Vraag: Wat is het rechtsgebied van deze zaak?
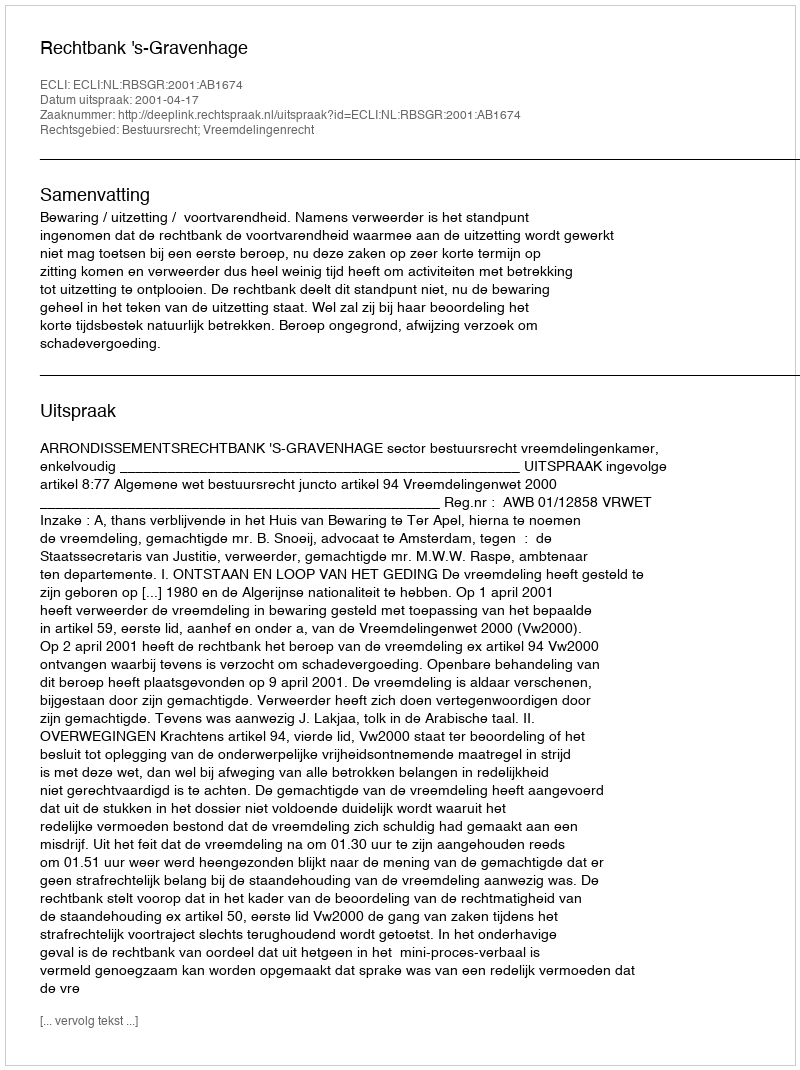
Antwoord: Bestuursrecht; Vreemdelingenrecht